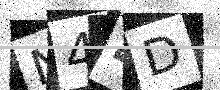
Text: N44D